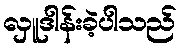
လှူဒါန်းခဲ့ပါသည်